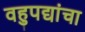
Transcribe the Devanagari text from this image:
वहुपद्यांचा